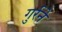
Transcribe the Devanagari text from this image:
गुर्रने